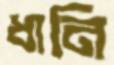
ধানি